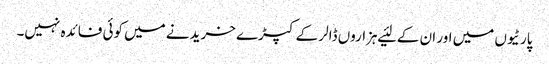
پارٹیوں میں اور ان کے لئیے ہزاروں ڈالر کے کپڑے خریدنے میں کوئی فائدہ نہیں۔